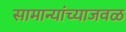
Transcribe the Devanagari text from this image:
सामान्यांच्याजवळ